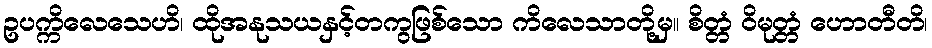
ဥပက္ကိလေသေဟိ၊ ထိုအနုသယနှင့်တကွဖြစ်သော ကိလေသာတို့မှ။ စိတ္တံ ဝိမုတ္တံ ဟောတီတိ၊